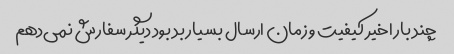
چند بار اخیر کیفیت و زمان ارسال بسیار بد بود دیگر سفارش نمی‌دهم